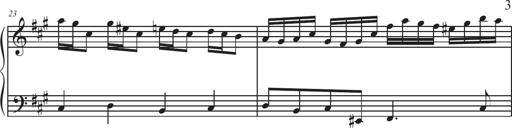
Title: Sonatina Espania
Composer: Jerald Franklin Archer
Key: Various